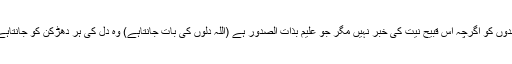
بندوں کو اگرچہ اس قبیح نیت کی خبر نہیں مگر جو علیم بذات الصدور ہے (اللہ دلوں کی بات جانتاہے) وہ دل کی ہر دھڑکن کو جانتاہے۔